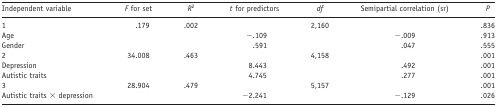
| Independent variable | F for set | R2 | t for predictors | df | Semipartial correlation (sr) | P |
 | --- | --- | --- | --- | --- | --- | --- |
 | 1 | .179 | .002 |  | 2,160 |  | .836 |
 | Age |  |  | −.109 |  | −.009 | .913 |
 | Gender |  |  | .591 |  | .047 | .555 |
 | 2 | 34.008 | .463 |  | 4,158 |  | .001 |
 | Depression |  |  | 8.443 |  | .492 | .001 |
 | Autistic traits |  |  | 4.745 |  | .277 | .001 |
 | 3 | 28.904 | .479 |  | 5,157 |  | .001 |
 | Autistic traits × depression |  |  | −2.241 |  | −.129 | .026 |